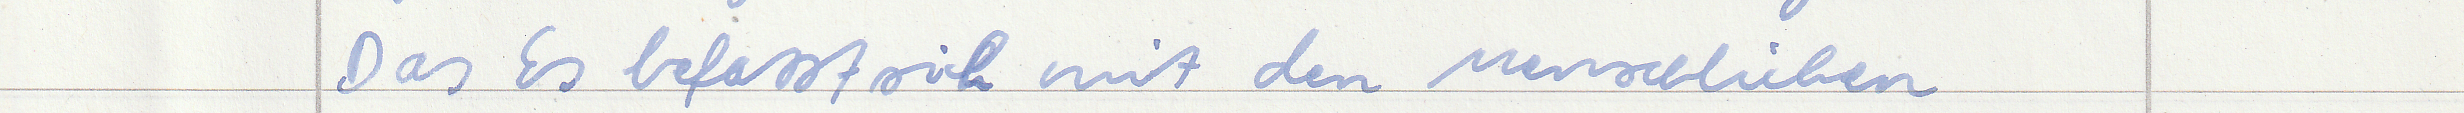
Das Es befasst sich mit den Menschlichen